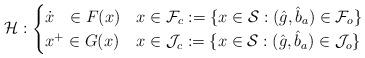
LaTeX: \begin{align*}\mathcal{H}: \begin{cases}\dot{x}~~\in F(x) & x\in \mathcal{F}_c:=\{x\in \mathcal{S}: (\hat{g},\hat{b}_a)\in \mathcal{F}_o\} \\x^+\in G(x) & x\in \mathcal{J}_c :=\{x\in \mathcal{S}: (\hat{g},\hat{b}_a)\in \mathcal{J}_o\}\end{cases} \end{align*}